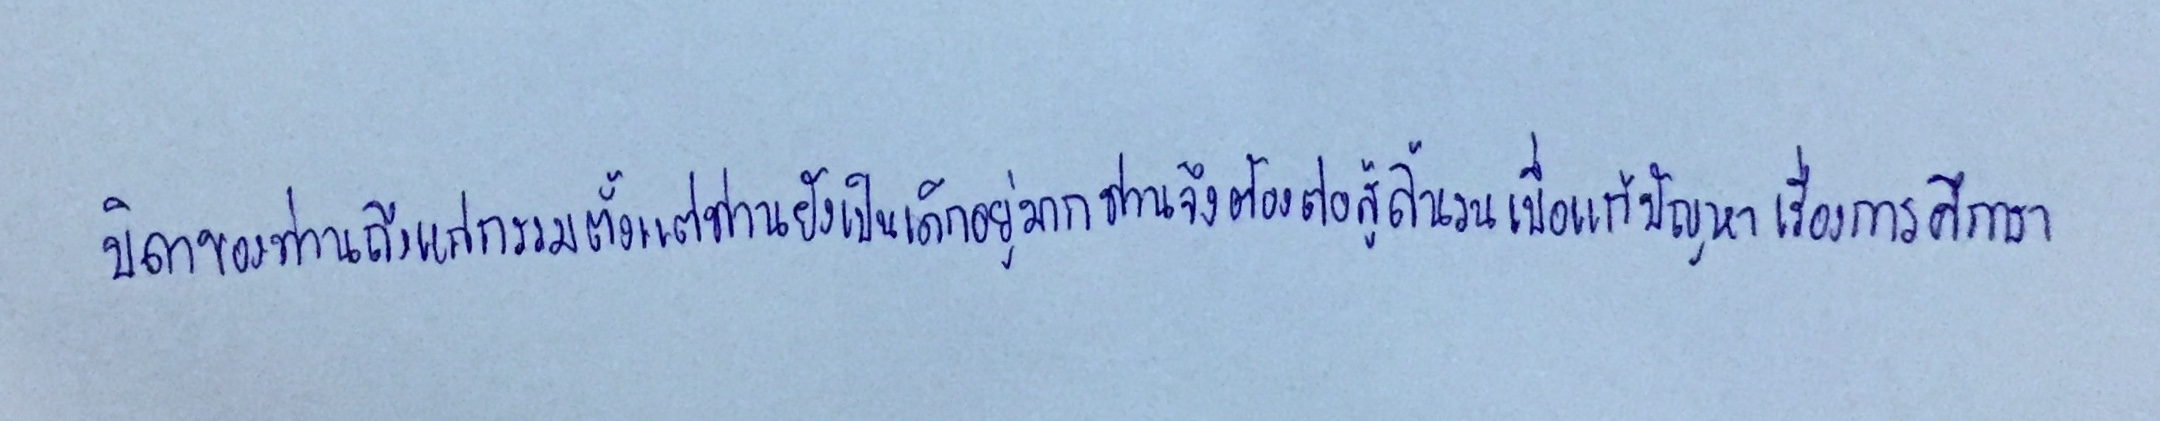
บิดาของท่านถึงแก่กรรมตั้งแต่ท่านยังเป็นเด็กอยู่มากท่านจึงต้องต่อสู้ดิ้นรนเพื่อแก้ปัญหาเรื่องการศึกษา